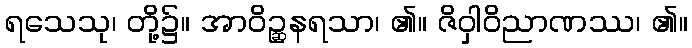
ရသေသု၊ တို့၌။ အာဝိဉ္ဆနရသာ၊ ၏။ ဇိဝှါဝိညာဏဿ၊ ၏။